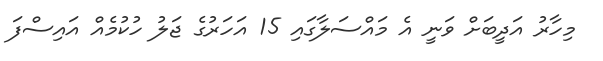
މިހާރު އަދީބަށް ވަނީ އެ މައްސަލާގައި 15 އަހަރުގެ ޖަލު ހުކުމެއް އައިސްފަ